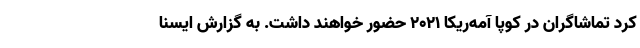
کرد تماشاگران در کوپا آمه‌ریکا ۲۰۲۱ حضور خواهند داشت. به گزارش ایسنا